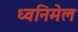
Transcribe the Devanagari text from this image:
ध्वनिमेल